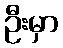
ဦးမှာ